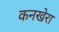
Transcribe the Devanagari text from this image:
कनखेरा